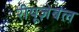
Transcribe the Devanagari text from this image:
रीयूज़ेबल